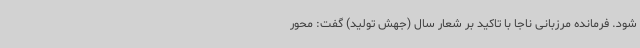
شود. فرمانده مرزبانی ناجا با تاکید بر شعار سال (جهش تولید) گفت: محور